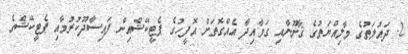
2- ދައުލަތުގެ މާލިއްޔަތުގެ ޤާނޫނާއި ގަވާއިދާ އެއްގޮތަށް އޮފީހުގެ ޕެޓީކޭޝްއިން ފައިސާދޫކުރުމާއި ޕެޓީކޭޝްގެ